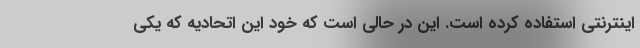
اینترنتی استفاده کرده است. این در حالی است که خود این اتحادیه که یکی